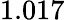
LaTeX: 1.017